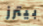
بيترز